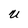
Character: U